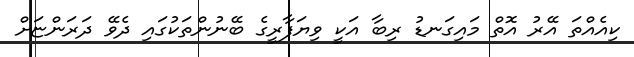
ކިއެއްތަ އޭރު އޮތް މައިގަނޑު ރިބާ އަކީ ވިޔަފާރީގެ ބޭނުންތަކުގައި ދެވޭ ދަރަންޏަށް